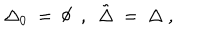
LaTeX: \Delta _ { 0 } ~ = ~ \emptyset ~ ~ , ~ ~ \tilde { \Delta } ~ = ~ \Delta ~ ,